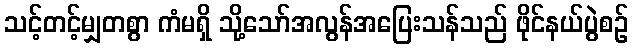
သင့်တင့်မျှတစွာ ကံမရှိ သို့သော်အလွန်အပြေးသန်သည် ဖိုင်နယ်ပွဲစဉ်